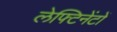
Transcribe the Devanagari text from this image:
लेफ्टिनेंटों